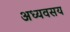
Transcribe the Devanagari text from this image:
अध्यवसय